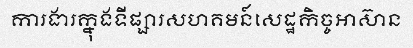
ការងារក្នុងទីផ្សារសហគមន៍សេដ្ឋកិច្ចអាស៊ាន